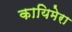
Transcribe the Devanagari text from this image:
कायिमेरा